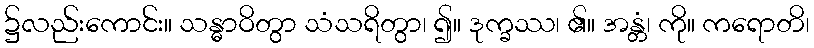
၌လည်းကောင်း။ သန္ဓာဝိတွာ သံသရိတွာ၊ ၍။ ဒုက္ခဿ၊ ၏။ အန္တံ၊ ကို။ ကရောတိ၊